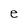
Character: e